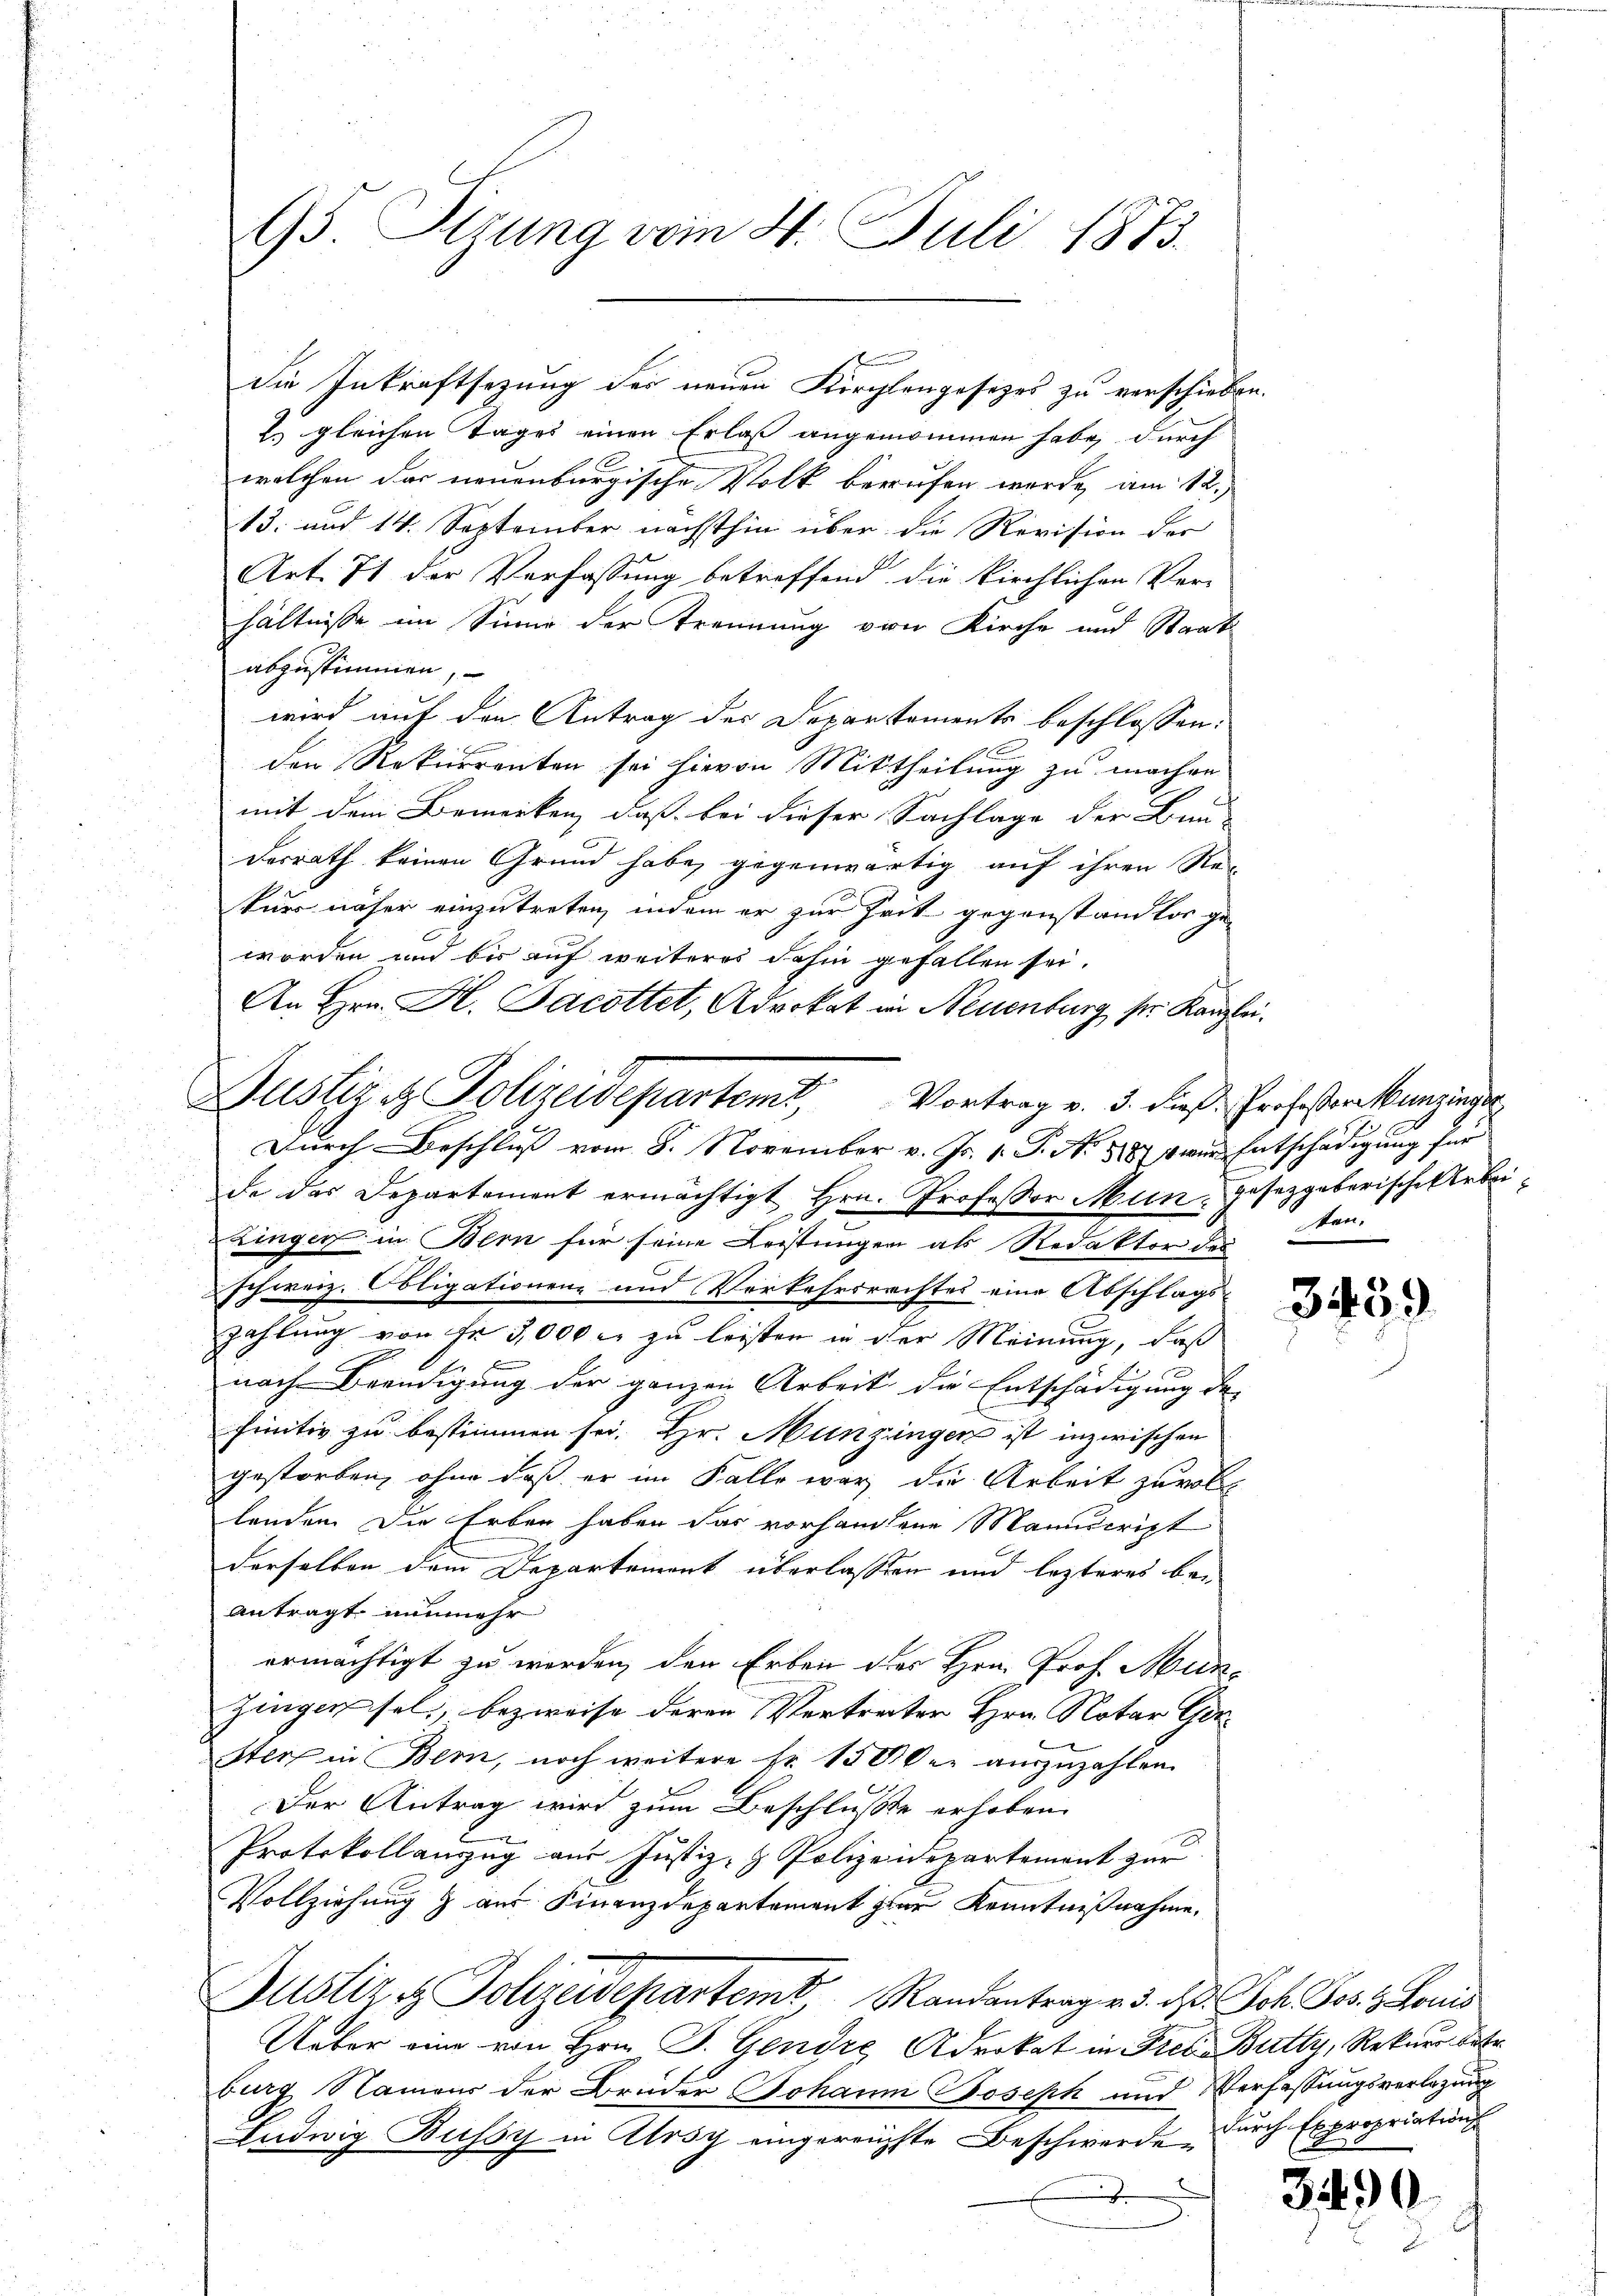
95. Sizung vom 4. Juli 1873.

2. gleichen Tages einen Erlaß angenommen habe, durch
welchen das neuenburgische Volk berufen werde, am 12.
13. und 14. September nächsthin über die Revision der
Art. 71 der Verfassung betreffend die kirchlichen Ver-
hältnisse im Sinne der Trennung von Kirche und Staats-
abzustimmen,
wird auf den Antrag des Departements beschlossen:
den Rekurrenten sei hievon Mittheilung zu machen
mit dem Bemerken, daß bei dieser Sachlage der Bund
desrath keinen Grund habe gegenwärtig auf ihren Re-
tuer näher einzutreten, indem er zur Zeit gegenstandter ge-
worden und bis auf weiteres dahin gefallen sei.
An Hrn. H. Jacottet, Advokat in Neuenburg, ser Kanzlei.
de das Departement ermächtigt Hrn. Professor Mun, gesetzgeberische Arbeizinger in Bern für seine Leistungen als Redaktor der
schweiz. Obligationen und Verkehrsrechtes eine Abschlags-
zahlung von fr 5,000 r. zu leisten in der Meinung, daß
d
nach Beendigung der ganzen Arbeit die Entschädigung de
finitiv zu bestimmen sei. Hr. Munzingen ist inzwischen
gestorben, ohne daß er im Falle war die Arbeit zuvoll
lenden. Die Erben haben das vorhandene Manuscript
derselben dem Departement überlassen und lezteres beantragt, nunmehr
ermächtigt zu werden, den Erben des Hrn. Prof. Mun-
Zingensel, bezweife deren Vertreiter Hrn. Notar Ger
ster in Bern, noch weitere Nr. 150 der auszuzahlen.
Der Antrag wird zum Beschlusse erhoben.
Protokollauszug aus Justiz- & Polizeidepartement zur
Vollziehung & aus Finanzdepartement zur Kenntnißnahme.
Justiziz. Polizeidepartemt, Randantrag v. 3. d. Joh. Jos. 8. Louis
Ueber eine von Hrn. F. Gendre Advokat in Fres. Butty, Rekurs betr
burg, Namens der Brüder Johann Joseph und Verfassungsverlegung
Ludwig Bussy in Ursy eingereichste Beschwerde durch Expropriations
u

Justiz & Polizeidepartemt, Vortrag v. 3. dieß Profeßorakenzinger
Durch Beschluß vom 8. November v. Js. v. P. Nr. 1881 wir Entschädigung für

1
die Inkraftsezung der neuen Kirchlangesetzes zu verschieben.

stand

3459

340